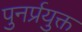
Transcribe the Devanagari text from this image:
पुनर्प्रयुक्त